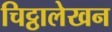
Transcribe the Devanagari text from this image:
चिट्ठालेखन